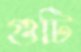
গুটি